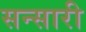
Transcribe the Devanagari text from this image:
सन्सारी